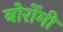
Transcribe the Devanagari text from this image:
बोर्रोमी